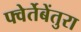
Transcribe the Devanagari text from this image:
फ्वेर्तेबेंतुरा